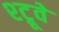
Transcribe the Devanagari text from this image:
श्ट्रूवे